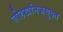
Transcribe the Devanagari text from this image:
लोहखनिजयुक्त